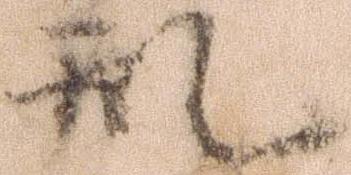
乱